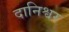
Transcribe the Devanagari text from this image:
दानिश्वर